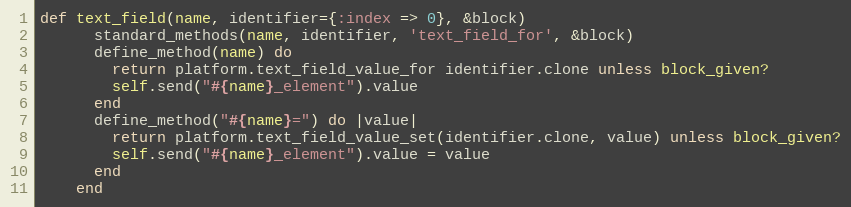
Language: Ruby
def text_field(name, identifier={:index => 0}, &block)
      standard_methods(name, identifier, 'text_field_for', &block)
      define_method(name) do
        return platform.text_field_value_for identifier.clone unless block_given?
        self.send("#{name}_element").value
      end
      define_method("#{name}=") do |value|
        return platform.text_field_value_set(identifier.clone, value) unless block_given?
        self.send("#{name}_element").value = value
      end
    end